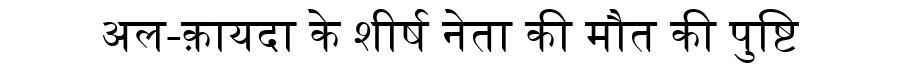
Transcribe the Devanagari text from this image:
अल-क़ायदा के शीर्ष नेता की मौत की पुष्टि